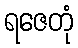
ရဇေတုံ